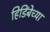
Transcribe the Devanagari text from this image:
हिडिंबेच्या